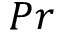
P r